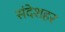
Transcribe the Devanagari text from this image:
संदेशहर